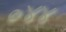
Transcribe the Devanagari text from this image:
०४४